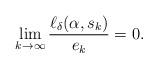
LaTeX: \begin{align*} \lim_{k \to \infty} \frac{\ell_{\delta}(\alpha,s_k)}{e_k} = 0.\end{align*}